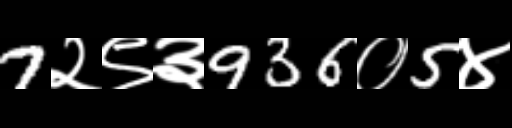
Text: 7२९३936०5४